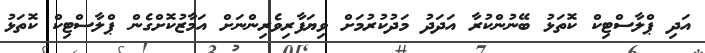
އަދި ޕްލާސްޓިކް ކޮތަޅު ބޭނުންކުރާ އަދަދު މަދުކުރުމަށް ވިޔަފާރިވެރިންނަށް އަމާޒުކޮށްގެން ޕްލާސްޓިކް ކޮތަޅު